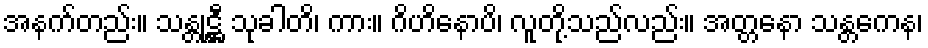
အနက်တည်း။ သန္တုဋ္ဌီ သုခါတိ၊ ကား။ ဂိဟိနောပိ၊ လူတို့သည်လည်း။ အတ္တနော သန္တကေန၊